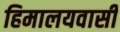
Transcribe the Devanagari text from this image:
हिमालयवासी